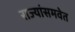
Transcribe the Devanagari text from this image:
राज्यांसमवेत